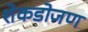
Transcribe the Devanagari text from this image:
शेकडोजण